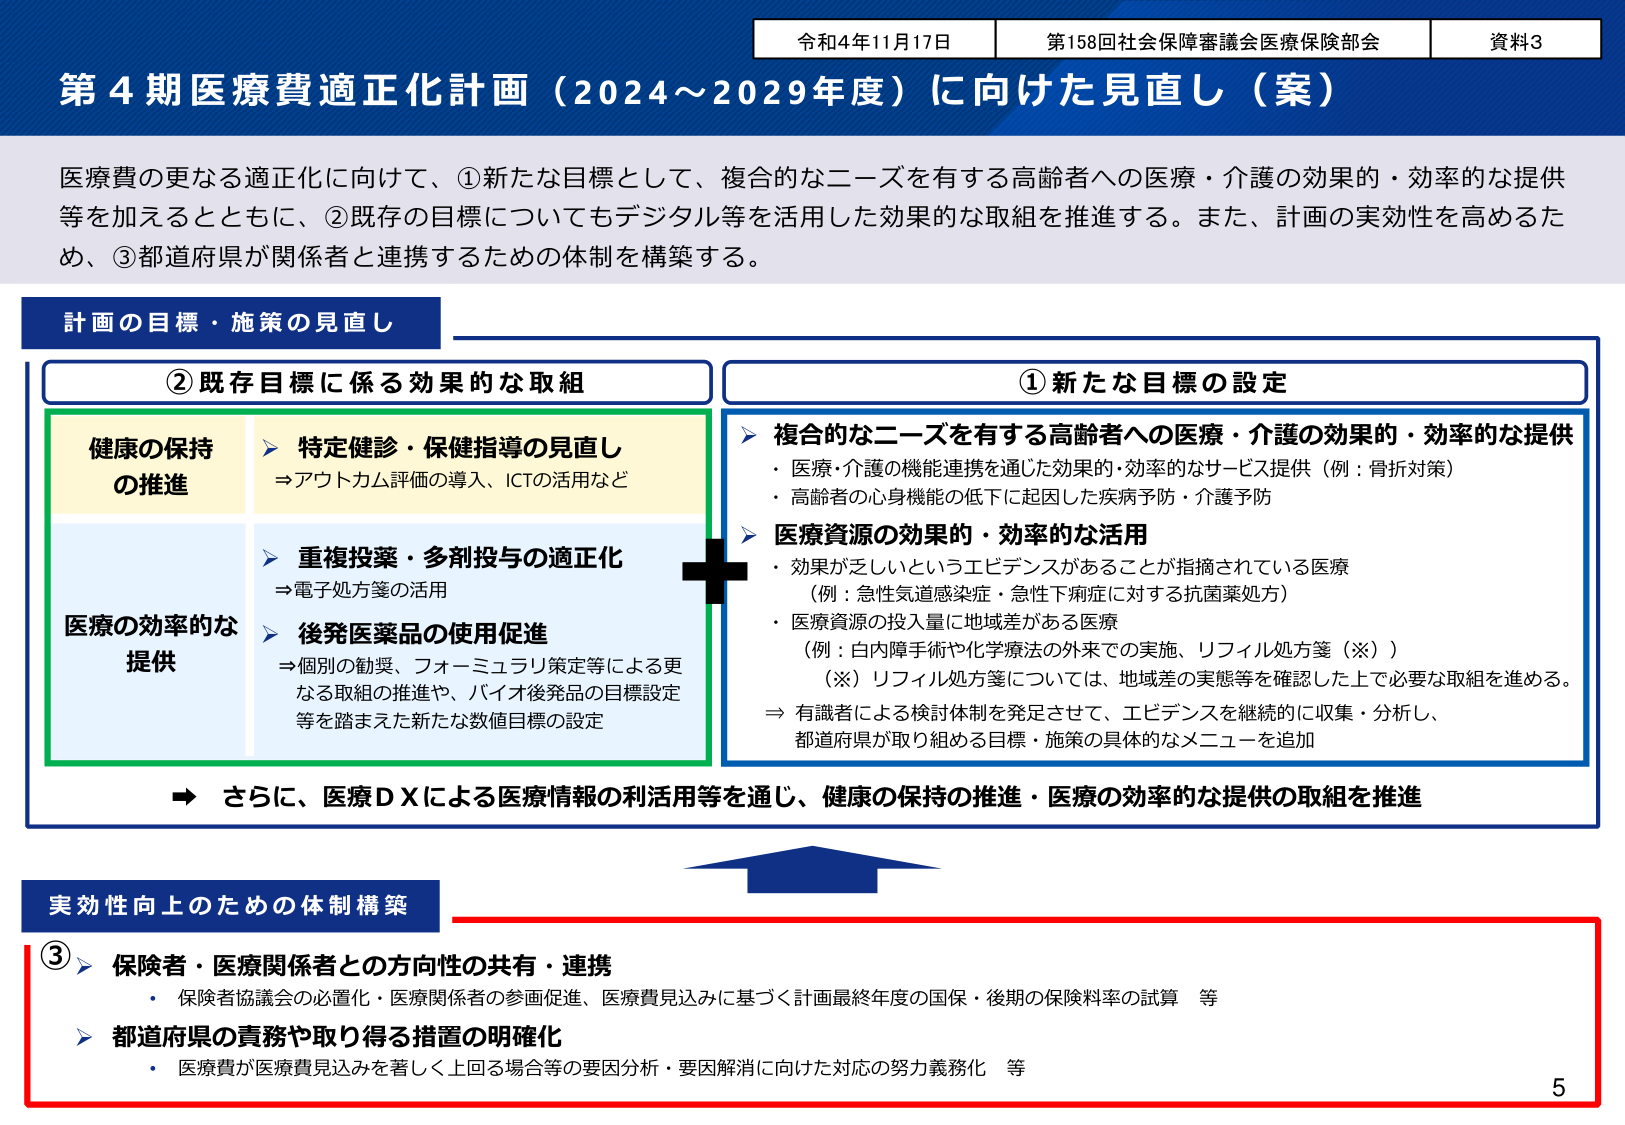
令和4年11月17日 第158回社会保障審議会医療保険部会 資料3
第4期医療費適正化計画（2024～2029年度）に向けた見直し（案）

医療費の更なる適正化に向けて、①新たな目標として、複合的なニーズを有する高齢者への医療・介護の効果的・効率的な提供等を加えるとともに、②既存の目標についてもデジタル等を活用した効果的な取組を推進する。また、計画の実効性を高めるため、③都道府県が関係者と連携するための体制を構築する。

計画の目標・施策の見直し

②既存目標に係る効果的な取組
健康の保持の推進
▶ 特定健診・保健指導の見直し
⇒アウトカム評価の導入、ICTの活用など

医療の効率的な提供
▶ 重複投薬・多剤投与の適正化
⇒電子処方箋の活用
▶ 後発医薬品の使用促進
⇒個別の勧奨、フォーミュラリ策定等による更なる取組の推進や、バイオ後発品の目標設定等を踏まえた新たな数値目標の設定

①新たな目標の設定
▶ 複合的なニーズを有する高齢者への医療・介護の効果的・効率的な提供
・医療・介護の機能連携を通じた効果的・効率的なサービス提供（例：骨折対策）
・高齢者の心身機能の低下に起因した疾病予防・介護予防

▶ 医療資源の効果的・効率的な活用
・効果が乏しいというエビデンスがあることが指摘されている医療
（例：急性気道感染症・急性下痢症に対する抗菌薬処方）
・医療資源の投入量に地域差がある医療
（例：白内障手術や化学療法の外来での実施、リフィル処方箋（※））
（※）リフィル処方箋については、地域差の実態等を確認した上で必要な取組を進める。
⇒有識者による検討体制を発足させて、エビデンスを継続的に収集・分析し、都道府県が取り組める目標・施策の具体的なメニューを追加

⇒ さらに、医療ＤＸによる医療情報の利活用等を通じ、健康の保持の推進・医療の効率的な提供の取組を推進

実効性向上のための体制構築

③ ▶ 保険者・医療関係者との方向性の共有・連携
・保険者協議会の必置化・医療関係者の参画促進、医療費見込みに基づく計画最終年度の国保・後期の保険料率の試算 等

▶ 都道府県の責務や取り得る措置の明確化
・医療費が医療費見込みを著しく上回る場合等の要因分析・要因解消に向けた対応の努力義務化 等

5